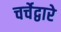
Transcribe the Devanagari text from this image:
चर्चेद्वारे